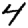
Digit: 4